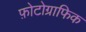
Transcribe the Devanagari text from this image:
फ़ोटोग्राफिक